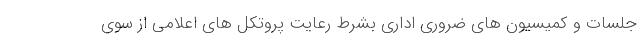
جلسات و کمیسیون های ضروری اداری بشرط رعایت پروتکل های اعلامی از سوی